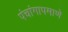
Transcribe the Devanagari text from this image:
पंचांगापमाणे